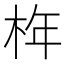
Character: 𣑻